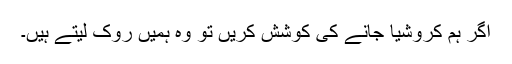
اگر ہم کروشیا جانے کی کوشش کریں تو وہ ہمیں روک لیتے ہیں۔